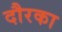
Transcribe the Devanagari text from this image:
दौरका